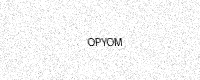
Text: OPYOM